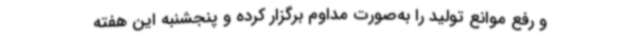
و رفع موانع تولید را به‌صورت مداوم برگزار کرده و پنجشنبه این هفته